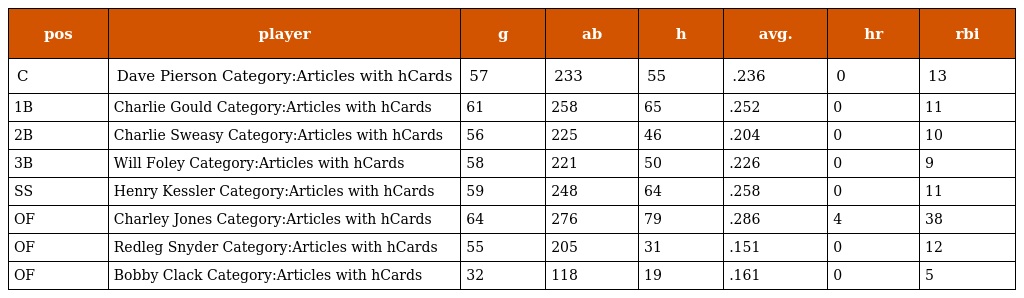
| pos | player | g | ab | h | avg. | hr | rbi |
 | --- | --- | --- | --- | --- | --- | --- | --- |
 | C | Dave Pierson Category:Articles with hCards | 57 | 233 | 55 | .236 | 0 | 13 |
 | 1B | Charlie Gould Category:Articles with hCards | 61 | 258 | 65 | .252 | 0 | 11 |
 | 2B | Charlie Sweasy Category:Articles with hCards | 56 | 225 | 46 | .204 | 0 | 10 |
 | 3B | Will Foley Category:Articles with hCards | 58 | 221 | 50 | .226 | 0 | 9 |
 | SS | Henry Kessler Category:Articles with hCards | 59 | 248 | 64 | .258 | 0 | 11 |
 | OF | Charley Jones Category:Articles with hCards | 64 | 276 | 79 | .286 | 4 | 38 |
 | OF | Redleg Snyder Category:Articles with hCards | 55 | 205 | 31 | .151 | 0 | 12 |
 | OF | Bobby Clack Category:Articles with hCards | 32 | 118 | 19 | .161 | 0 | 5 |